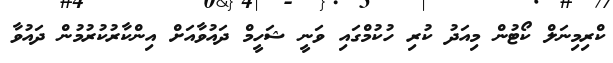
ކްރިމިނަލް ކޯޓުން މިއަދު ކުރި ހުކުމްގައި ވަނީ ޝަހީމް ދައުވާއަށް އިންކާރުކުރުމުން ދައުވާ